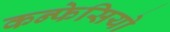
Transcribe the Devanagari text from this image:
कन्फेसियो